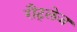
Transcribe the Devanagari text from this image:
रौट्लेज